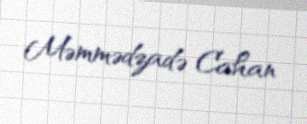
Məmmədzadə Cahan